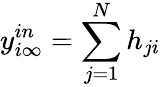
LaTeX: y_{i\infty}^{in}=\sum_{j=1}^{N}h_{ji}